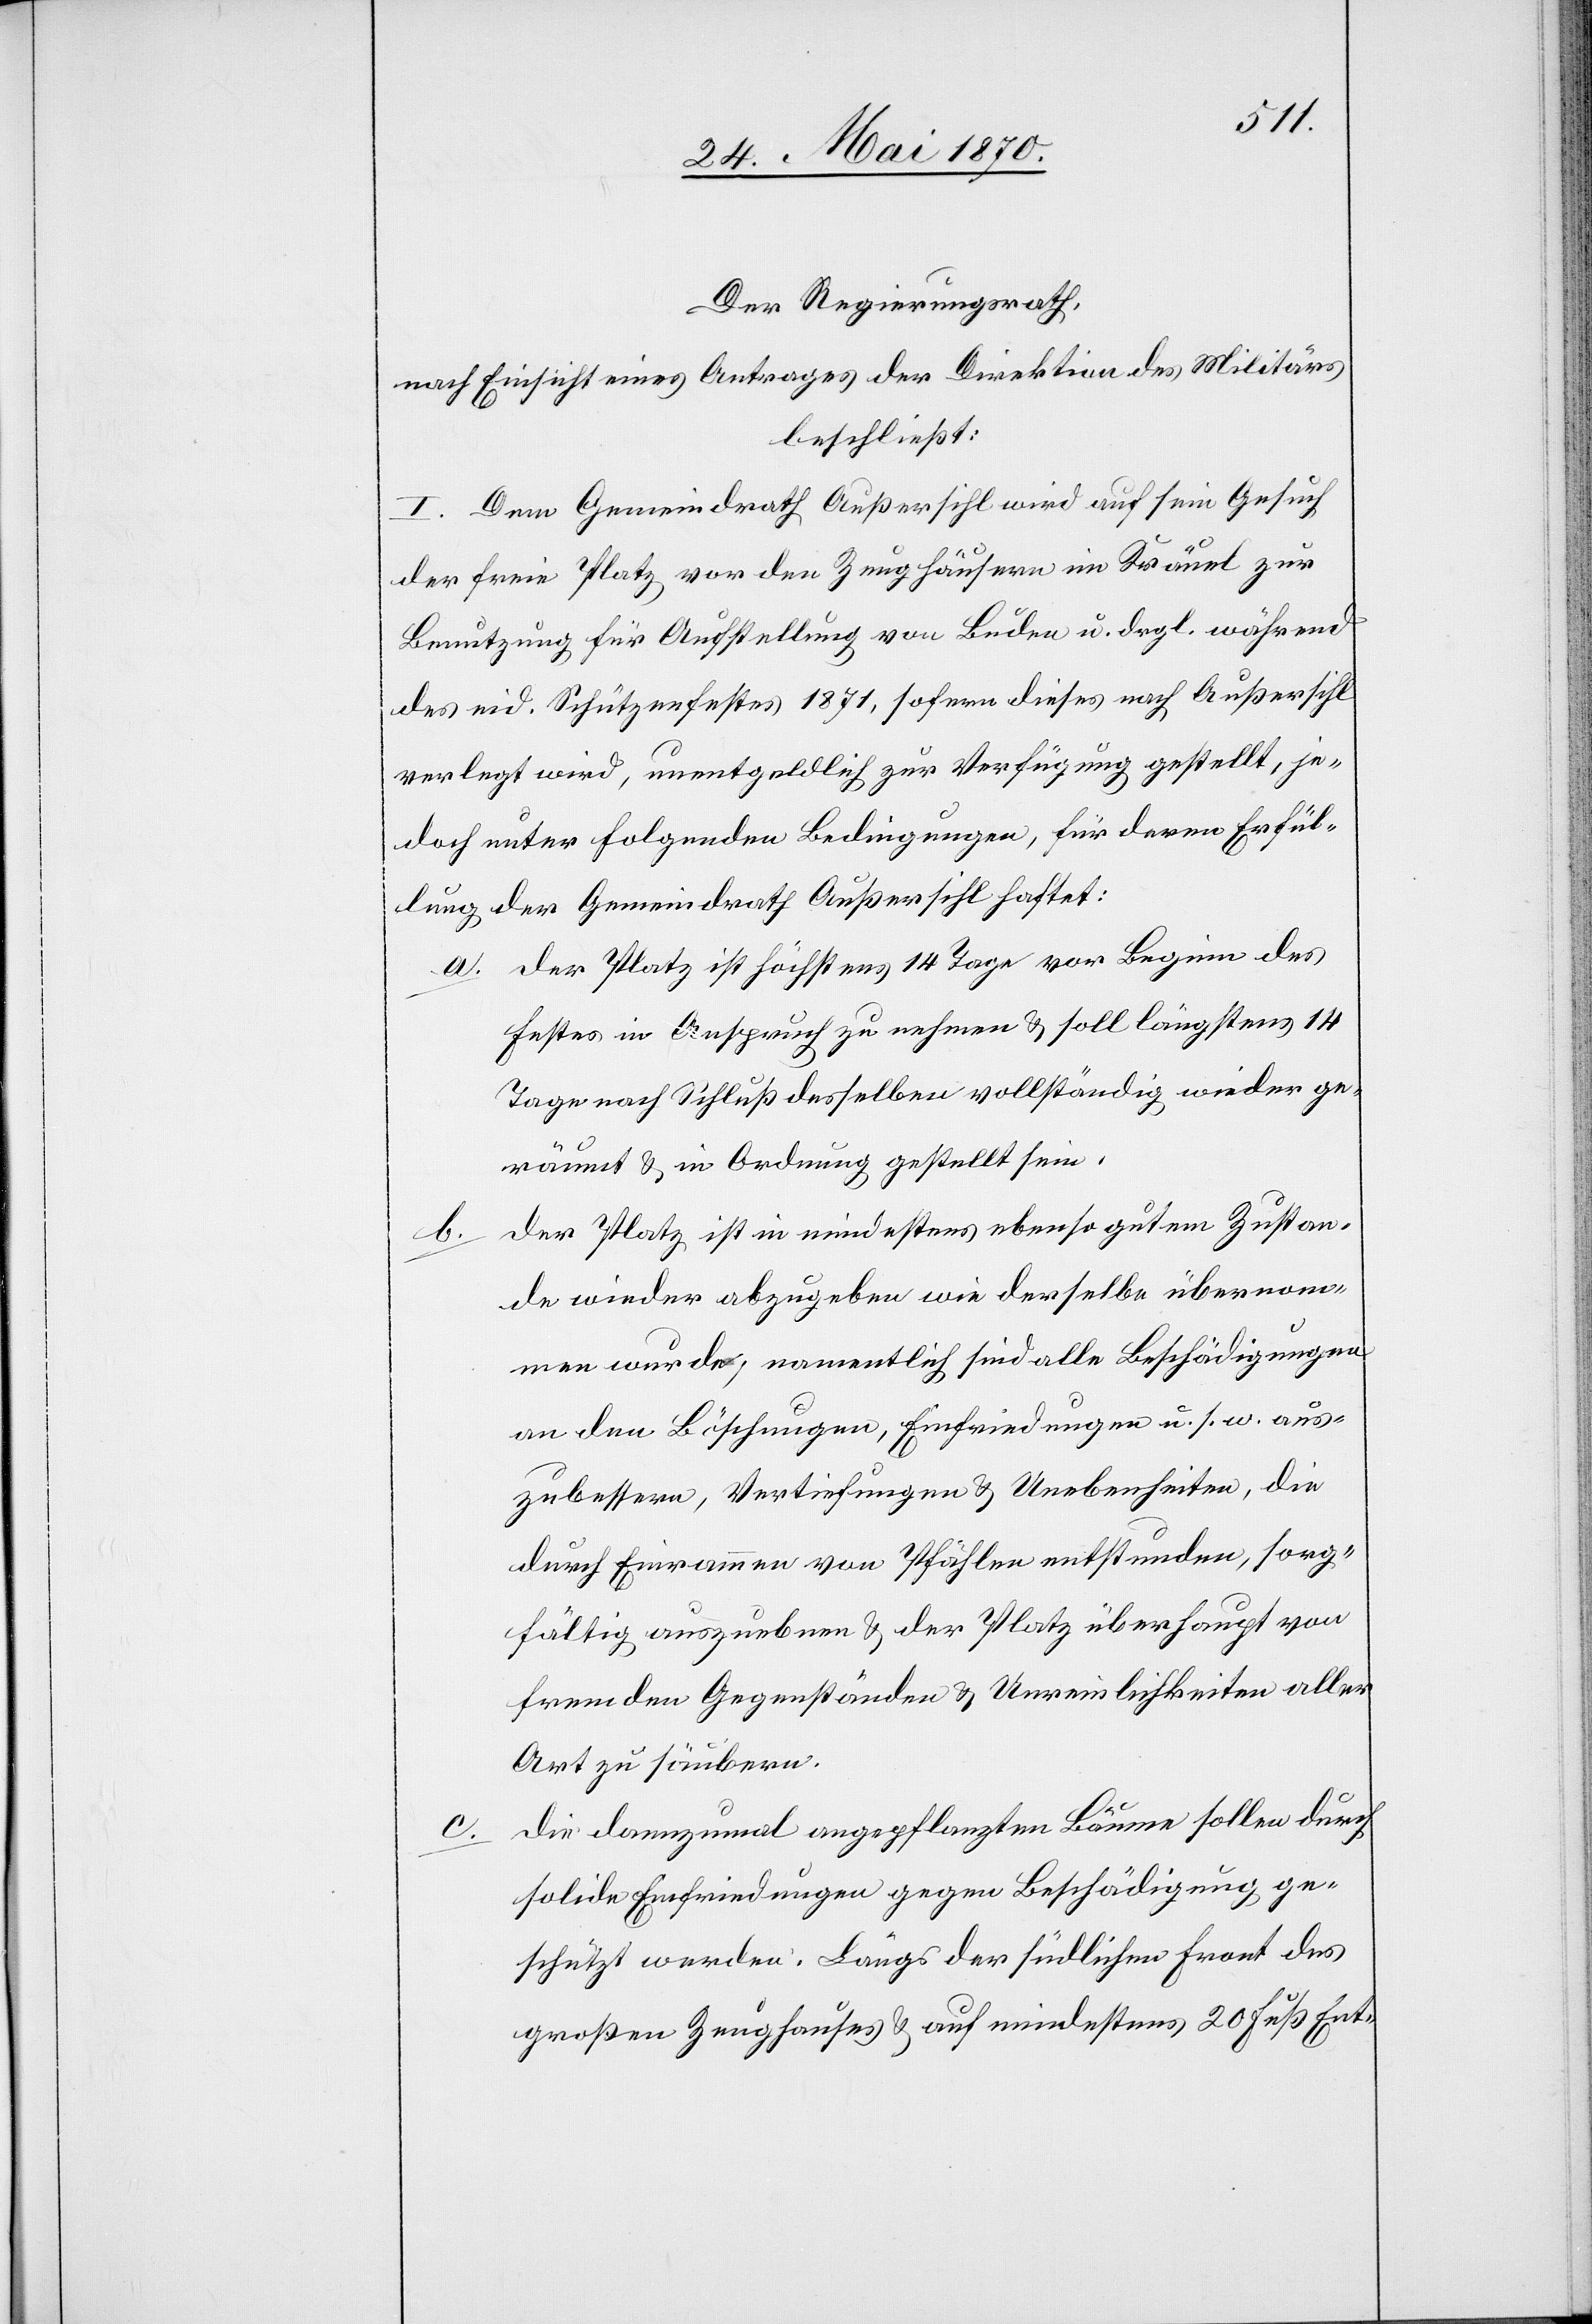
Der Regierungsrath,
nach Einsicht eines Antrages der Direktion des Militärs,
beschließt:
I. Dem Gemeindrath Außersihl wird auf sein Gesuch
der freie Platz vor den Zeughäusern im Kräuel zur
Benutzung für Aufstellung von Buden u. drgl. während
des eid. Schützenfestes 1871, sofern dieses nach Außersihl
verlegt wird, unentgeldlich zur Verfügung gestellt, je¬
doch unter folgenden Bedingungen, für deren Erfül¬
lung der Gemeindrath Außersihl haftet:
a. der Platz ist höchstens 14 Tage vor Beginn des
Festes in Anspruch zu nehmen & soll längstens 14
Tage nach Schluß desselben vollständig wieder ge¬
räumt & in Ordnung gestellt sein.
der Platz ist in mindestens ebenso gutem Zustan¬
b.
de wieder abzugeben wie derselbe übernom¬
men wurde, namentlich sind alle Beschädigungen
an den Böschungen, Einfriedungen u. s. w. aus¬
zubessern, Vertiefungen & Unebenheiten, die
durch einrammen von Pfählen entstunden, sorg¬
fältig auszuebnen & der Platz überhaupt von
fremden Gegenständen & Unreinlichkeiten aller
Art zu säubern.
die dannzumal angepflanzten Bäume sollen durch
solide Einfriedungen gegen Beschädigung ge¬
schützt werden. Längs der südlichen Front des
großen Zeughauses & auf mindestens 20 Fuß Ent-